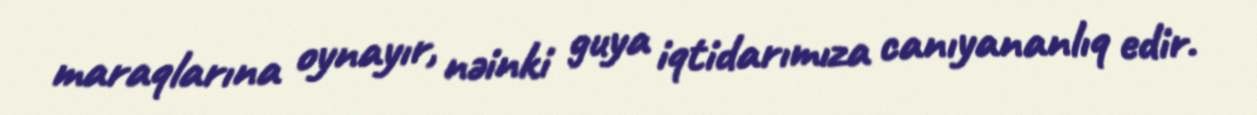
maraqlarına oynayır, nəinki guya iqtidarımıza canıyananlıq edir.